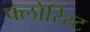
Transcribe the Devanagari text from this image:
फ्लोरिस्ट